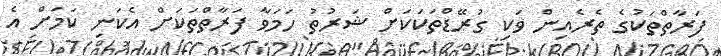
ފަރާތްތަކުގެ ތެރެއިން ވަކި ގުރޭޑްތަކަކަށް ޝަރުތު ހަމަވާ ފަރާތްތަކަށް އެކަނި ކަމަށް އެ